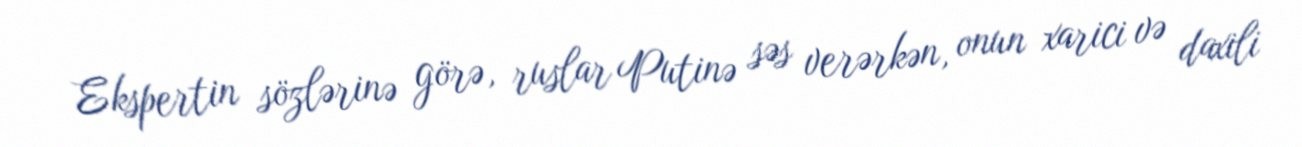
Ekspertin sözlərinə görə, ruslar Putinə səs verərkən, onun xarici və daxili